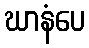
ဃာနံပေ